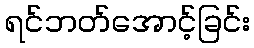
ရင်ဘတ်အောင့်ခြင်း